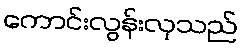
ကောင်းလွန်းလှသည်